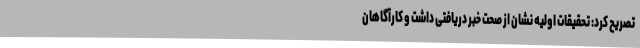
تصریح کرد: تحقیقات اولیه نشان از صحت خبر دریافتی داشت و کارآگاهان